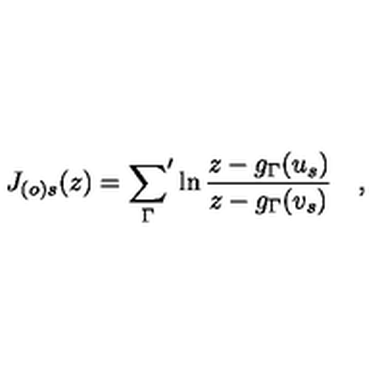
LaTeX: J _ { ( o ) s } ( z ) = { \sum _ { \Gamma } } ^ { \prime } \ln \frac { z - g _ { \Gamma } ( u _ { s } ) } { z - g _ { \Gamma } ( v _ { s } ) } \quad ,